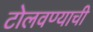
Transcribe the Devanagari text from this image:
टोलवण्याची